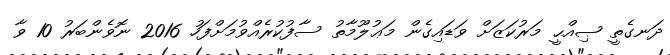
ދަނގެތީ ޞިއްޙީ މަރުކަޒަށް ވަޑައިގެން މަޢުލޫމާތު ސާފުކުރެއްވުމަށްފަހު 2016 ނޮވެންބަރު 10 ވާ